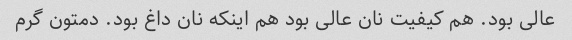
عالی بود. هم کیفیت نان عالی بود هم اینکه نان داغ بود. دمتون گرم